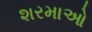
શરમાઓ